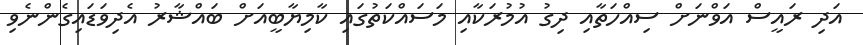
އަދި ރައީސް އަވްނަށް ސިއްހަތާއި ދިގު އުމުރަކާއި މަސައްކަތުގައި ކާމިޔާބީއަށް ބައްޝާރު އެދިވަޑައިގެންނެވި